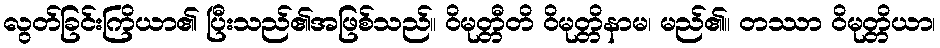
လွတ်ခြင်းကြိယာ၏ ပြီးသည်၏အဖြစ်သည်။ ဝိမုတ္တီတိ ဝိမုတ္တိနာမ၊ မည်၏။ တဿာ ဝိမုတ္တိယာ၊